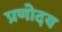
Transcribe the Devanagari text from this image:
प्रणोदय